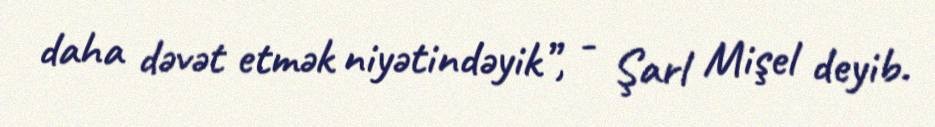
daha dəvət etmək niyətindəyik”, - Şarl Mişel deyib.